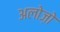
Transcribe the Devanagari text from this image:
अलोज़ो